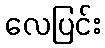
လေပြင်း